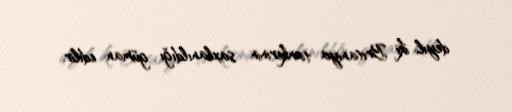
deyil, iki Britaniya tankerinin saxlanıldığı güman edilir.